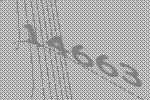
14663